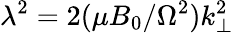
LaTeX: \lambda^{2}=2(\mu B_{0}/\Omega^{2})k_{\perp}^{2}